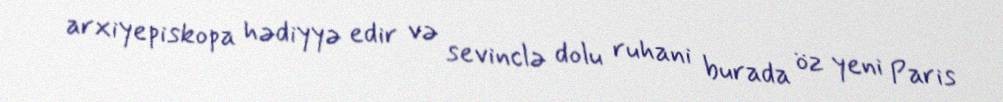
arxiyepiskopa hədiyyə edir və sevinclə dolu ruhani burada öz yeni Paris